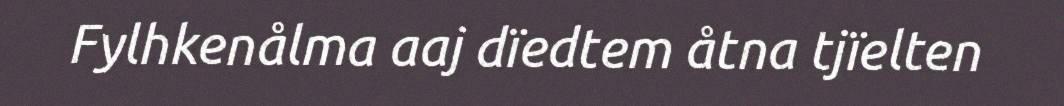
Fylhkenålma aaj dïedtem åtna tjïelten